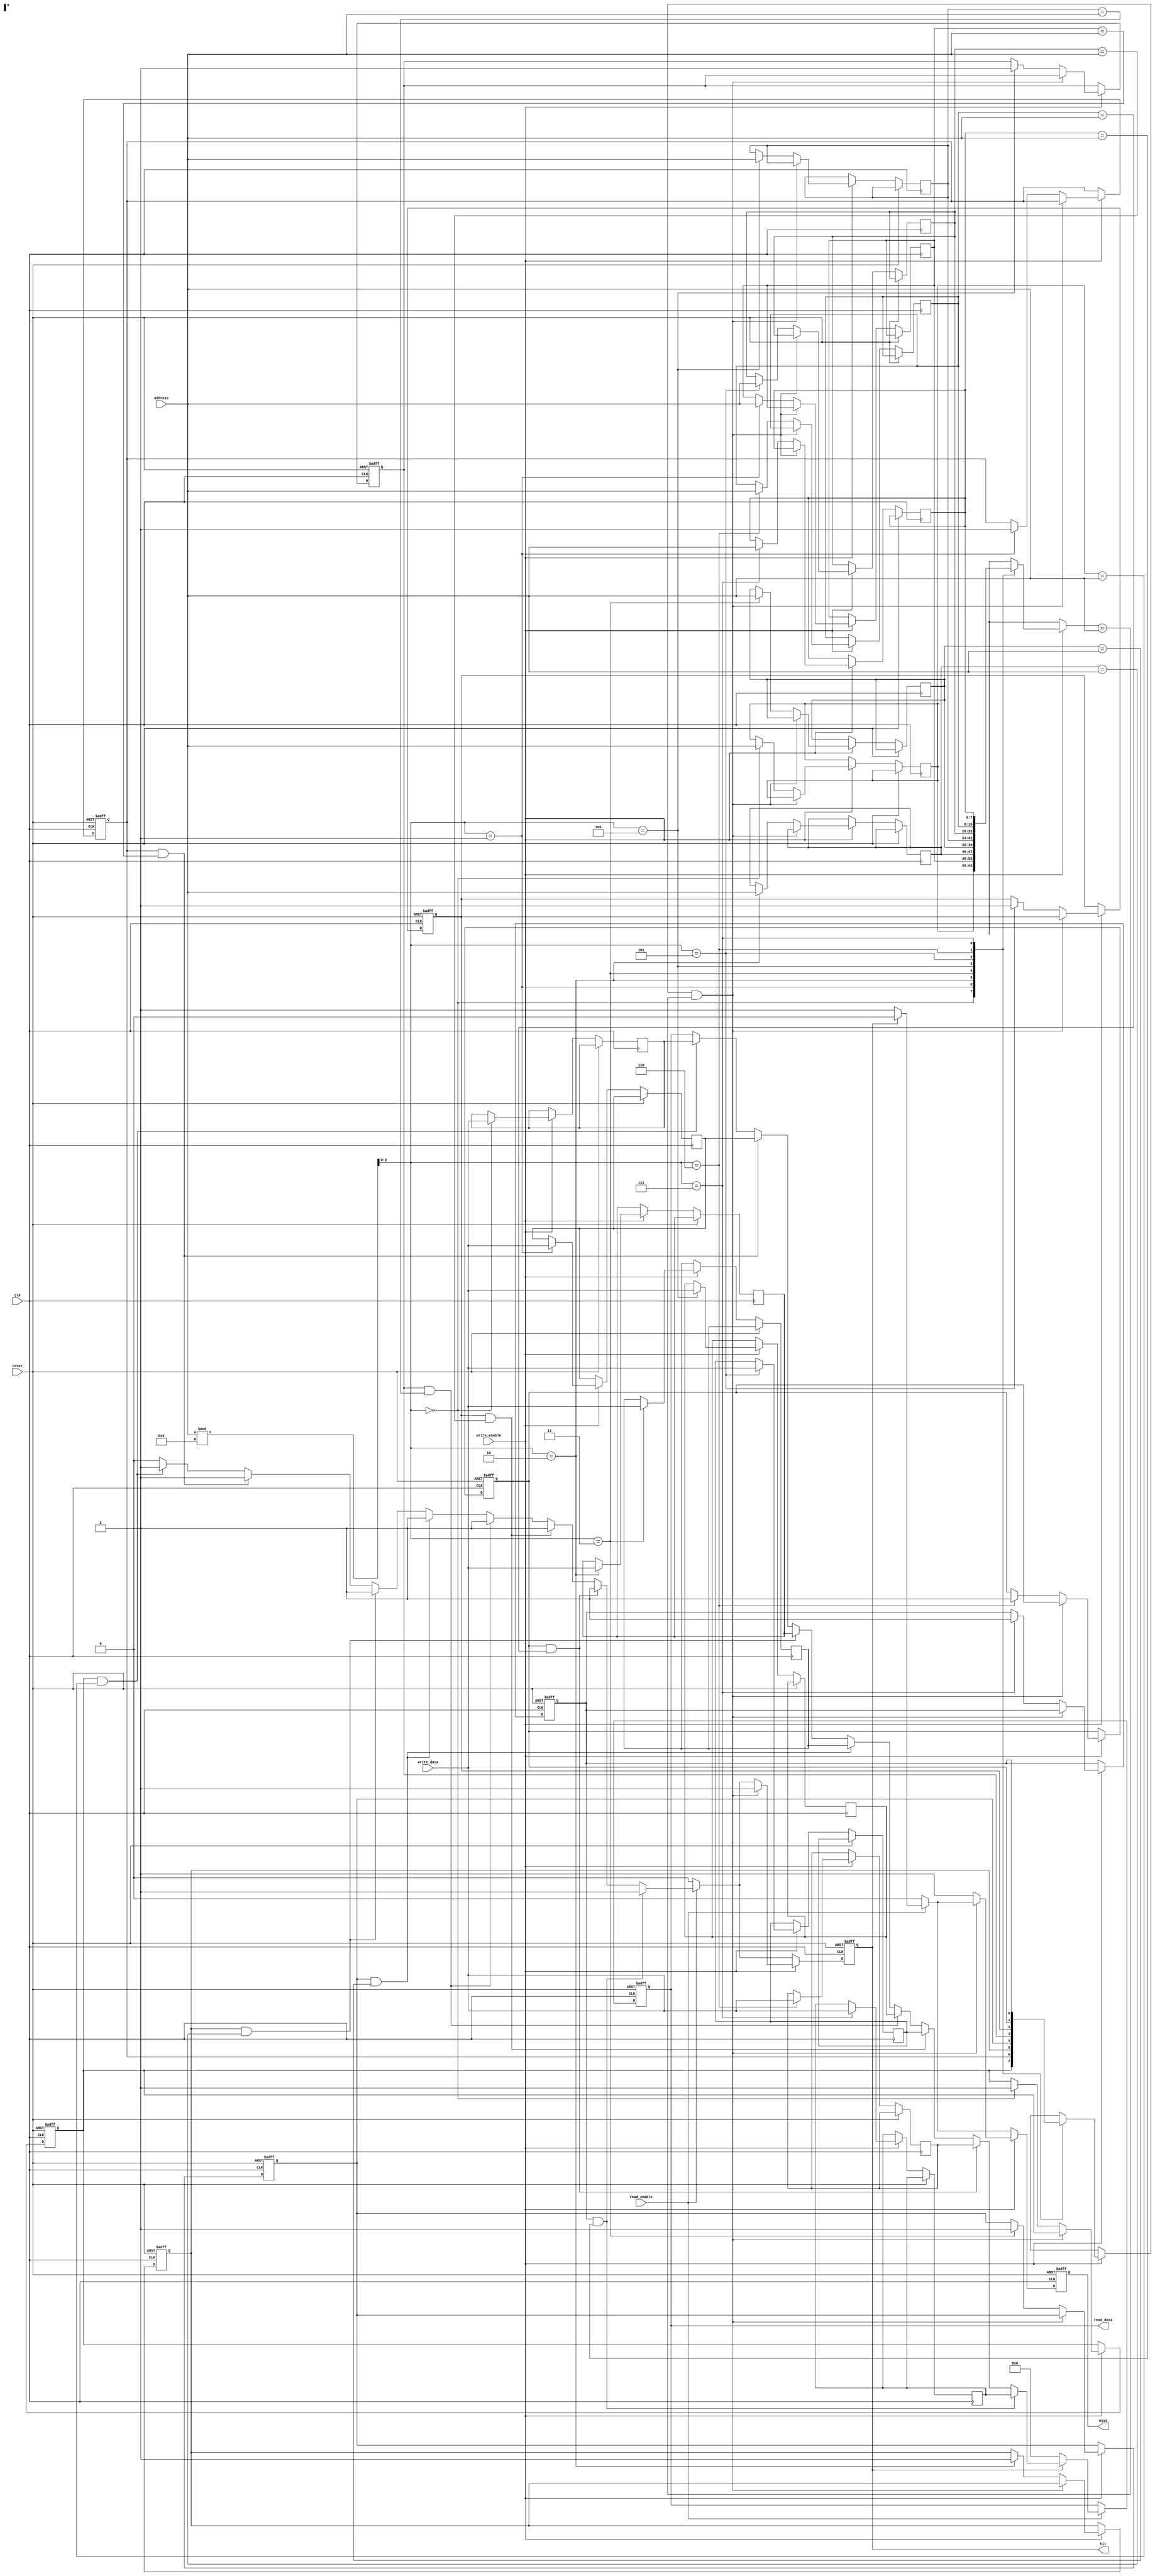
module WriteBackCache #(
    parameter CACHE_SIZE = 8,           // Number of cache lines
    parameter BLOCK_SIZE = 32,          // Size of each cache line in bits
    parameter ADDR_WIDTH = 8             // Address width
)(
    input wire clk,
    input wire reset,
    input wire [ADDR_WIDTH-1:0] address,
    input wire [BLOCK_SIZE-1:0] write_data,
    input wire read_enable,
    input wire write_enable,
    output reg [BLOCK_SIZE-1:0] read_data,
    output reg hit,                       // Cache hit signal
    output reg miss                       // Cache miss signal
);

    // Cache line structure
    reg [BLOCK_SIZE-1:0] cache_data [0:CACHE_SIZE-1];  // Cache data
    reg [ADDR_WIDTH-1:0] cache_tag [0:CACHE_SIZE-1];    // Cache tags
    reg cache_valid [0:CACHE_SIZE-1];                    // Valid bits
    reg cache_dirty [0:CACHE_SIZE-1];                     // Dirty bits

    wire [ADDR_WIDTH-1:0] index = address[ADDR_WIDTH-1:0];  // Index from address
    wire [ADDR_WIDTH-1:0] tag = address[ADDR_WIDTH-1:0];    // Extracting tag from address

    // Swap variables for eviction policy
    integer i, evict_index;

    initial begin
        for (i = 0; i < CACHE_SIZE; i = i + 1) begin
            cache_valid[i] = 0;
            cache_dirty[i] = 0;
        end
    end

    // Write-back cache logic
    always @(posedge clk or posedge reset) begin
        if (reset) begin
            for (i = 0; i < CACHE_SIZE; i = i + 1) begin
                cache_valid[i] <= 0;
                cache_dirty[i] <= 0;
            end
            read_data <= 0;
            hit <= 0;
            miss <= 0;
        end else begin
            hit <= 0;
            miss <= 0;

            // Read operation
            if (read_enable) begin
                for (i = 0; i < CACHE_SIZE; i = i + 1) begin
                    if (cache_valid[i] && (cache_tag[i] == tag)) begin
                        read_data <= cache_data[i];
                        hit <= 1;
                    end
                end
                
                if (!hit) begin
                    read_data <= 0;  // Read from main memory (not implemented)
                    miss <= 1;
                end
            end

            // Write operation
            if (write_enable) begin
                evict_index = index % CACHE_SIZE; // Simple FIFO Replacement

                // Check for hit
                if (cache_valid[evict_index] && (cache_tag[evict_index] == tag)) begin
                    // Cache hit
                    cache_data[evict_index] <= write_data;
                    cache_dirty[evict_index] <= 1; // Set dirty bit
                    hit <= 1;
                end else begin
                    // Cache miss or evict
                    if (cache_dirty[evict_index]) begin
                        // Write back to main memory (not implemented)
                    end
                    // Update new data
                    cache_data[evict_index] <= write_data;
                    cache_tag[evict_index] <= tag;
                    cache_valid[evict_index] <= 1;
                    cache_dirty[evict_index] <= 1; // Set dirty bit
                    miss <= 1;
                end
            end
        end
    end
endmodule